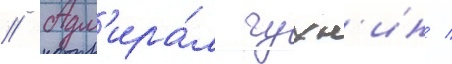
// Адм'ира́л чухн'ин /